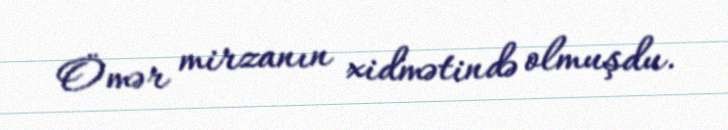
Ömər mirzanın xidmətində olmuşdu.